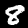
Digit: 8